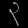
Digit: ၃